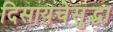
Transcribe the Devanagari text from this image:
दिसायचेसुद्धा